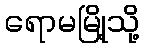
ရောမမြို့သို့